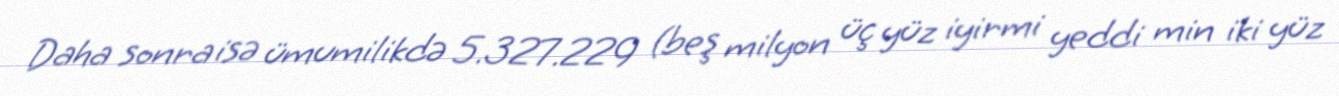
Daha sonra isə ümumilikdə 5.327.229 (beş milyon üç yüz iyirmi yeddi min iki yüz